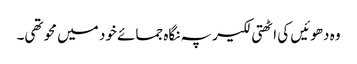
وہ دھوئیں کی اٹھتی لکیر پہ نگاہ جمائے خود میں محو تھی۔